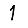
Digit: 1